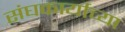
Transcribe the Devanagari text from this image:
संघकार्याच्या